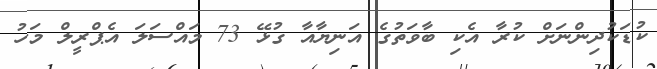
ކުޑަކުދިންނަށް ކުރާ އެކި ބާވަތުގެ އަނިޔާއާ ގުޅޭ 73 މައްސަލަ އެޕްރީލް މަހު